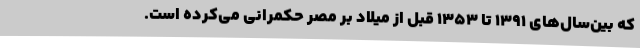
که بین‌سال‌های ۱۳۹۱ تا ۱۳۵۳ قبل از میلاد بر مصر حکمرانی می‌کرده است.